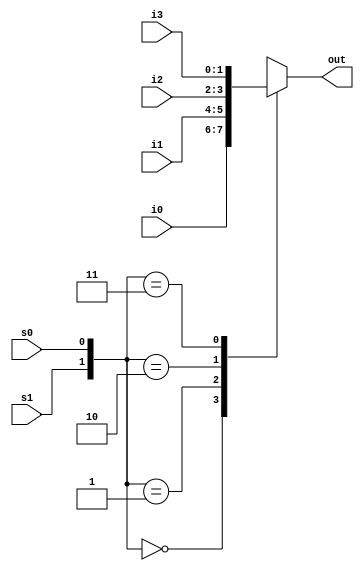
// Module
module Mux_4_to_1_Jiyun (i0, i1, i2, i3, s1, s0, out);
input		[1:0] i0, i1, i2, i3;
input	 	s1, s0;
output reg [1:0] out;

always @(*) begin
 case ({s1, s0})
  2'b00   : out <= i0;
  2'b01   : out <= i1;
  2'b10   : out <= i2;
  2'b11   : out <= i3;
  default : out <= 1'bx;
 endcase
end

endmodule

// Testbench
`timescale 1ns/100ps
module Mux_4_to_1_tb_Jiyun;
reg  [1:0] i0, i1, i2, i3;
reg  s1, s0;
wire [1:0] out;

Mux_4_to_1_Jiyun MUX (.i0(i0), .i1(i1), .i2(i2), .i3(i3), .s1(s1), .s0(s0), .out(out));

initial begin
 #10 i0 = 2'b00; i1 = 2'b01; i2 = 2'b10; i3 = 2'b11;
 #10 s1 = 1'b0; s0 = 1'b0;
 #10 s1 = 1'b0; s0 = 1'b1;
 #10 s1 = 1'b1; s0 = 1'b0;
 #10 s1 = 1'b1; s0 = 1'b1;
 #10 $finish;
end

endmodule